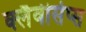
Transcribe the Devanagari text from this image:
क्लैवीसेप्स